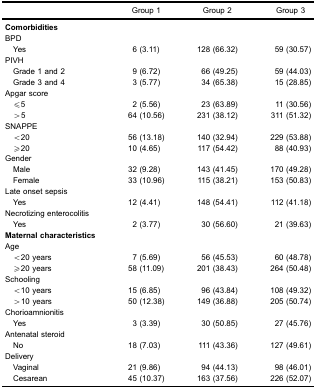
<table><thead><tr><td></td><td><b>Group 1</b></td><td><b>Group 2</b></td><td><b>Group 3</b></td></tr></thead><tbody><tr><td colspan="4"><b>Comorbidities</b></td></tr><tr><td colspan="4">BPD</td></tr><tr><td>Yes</td><td>6 (3.11)</td><td>128 (66.32)</td><td>59 (30.57)</td></tr><tr><td colspan="4">PIVH</td></tr><tr><td>Grade 1 and 2</td><td>9 (6.72)</td><td>66 (49.25)</td><td>59 (44.03)</td></tr><tr><td>Grade 3 and 4</td><td>3 (5.77)</td><td>34 (65.38)</td><td>15 (28.85)</td></tr><tr><td colspan="4">Apgar score</td></tr><tr><td>≤5</td><td>2 (5.56)</td><td>23 (63.89)</td><td>11 (30.56)</td></tr><tr><td>&gt;5</td><td>64 (10.56)</td><td>231 (38.12)</td><td>311 (51.32)</td></tr><tr><td colspan="4">SNAPPE</td></tr><tr><td>&lt;20</td><td>56 (13.18)</td><td>140 (32.94)</td><td>229 (53.88)</td></tr><tr><td>≥20</td><td>10 (4.65)</td><td>117 (54.42)</td><td>88 (40.93)</td></tr><tr><td colspan="4">Gender</td></tr><tr><td>Male</td><td>32 (9.28)</td><td>143 (41.45)</td><td>170 (49.28)</td></tr><tr><td>Female</td><td>33 (10.96)</td><td>115 (38.21)</td><td>153 (50.83)</td></tr><tr><td colspan="4">Late onset sepsis</td></tr><tr><td>Yes</td><td>12 (4.41)</td><td>148 (54.41)</td><td>112 (41.18)</td></tr><tr><td colspan="4">Necrotizing enterocolitis</td></tr><tr><td>Yes</td><td>2 (3.77)</td><td>30 (56.60)</td><td>21 (39.63)</td></tr><tr><td colspan="4"><b>Maternal characteristics</b></td></tr><tr><td colspan="4">Age</td></tr><tr><td>&lt;20 years</td><td>7 (5.69)</td><td>56 (45.53)</td><td>60 (48.78)</td></tr><tr><td>≥20 years</td><td>58 (11.09)</td><td>201 (38.43)</td><td>264 (50.48)</td></tr><tr><td colspan="4">Schooling</td></tr><tr><td>&lt;10 years</td><td>15 (6.85)</td><td>96 (43.84)</td><td>108 (49.32)</td></tr><tr><td>&gt;10 years</td><td>50 (12.38)</td><td>149 (36.88)</td><td>205 (50.74)</td></tr><tr><td colspan="4">Chorioamnionitis</td></tr><tr><td>Yes</td><td>3 (3.39)</td><td>30 (50.85)</td><td>27 (45.76)</td></tr><tr><td colspan="4">Antenatal steroid</td></tr><tr><td>No</td><td>18 (7.03)</td><td>111 (43.36)</td><td>127 (49.61)</td></tr><tr><td colspan="4">Delivery</td></tr><tr><td>Vaginal</td><td>21 (9.86)</td><td>94 (44.13)</td><td>98 (46.01)</td></tr><tr><td>Cesarean</td><td>45 (10.37)</td><td>163 (37.56)</td><td>226 (52.07)</td></tr></tbody></table>